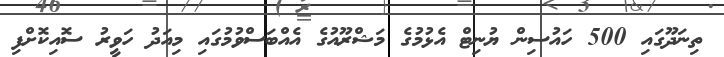
ތިނަދޫގައި 500 ހައުސިން ޔުނިޓް އެޅުމުގެ މަޝްރޫއުގެ އެއްބަސްވުމުގައި މިއަދު ހަވީރު ސޮއިކޮށްފި